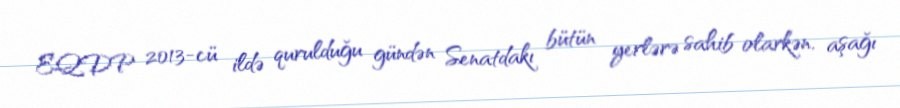
EQDP 2013-cü ildə qurulduğu gündən Senatdakı bütün yerlərə sahib olarkən, aşağı